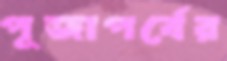
পূজাপর্বের